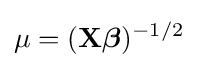
\mu =(\mathbf {X} {\boldsymbol {\beta }})^{-1/2}\,\!